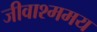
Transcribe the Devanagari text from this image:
जीवाश्ममय